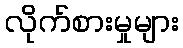
လိုက်စားမှုများ